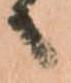
へ